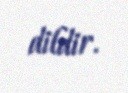
dildir.